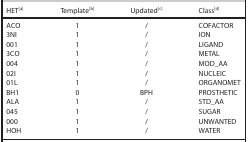
| HET[a] | Template[b] | Updated[c] | Class[d] |
 | --- | --- | --- | --- |
 | ACO | 1 | / | COFACTOR |
 | 3NI | 1 | / | ION |
 | 001 | 1 | / | LIGAND |
 | 3CO | 1 | / | METAL |
 | 004 | 1 | / | MOD_AA |
 | 02I | 1 | / | NUCLEIC |
 | 01L | 1 | / | ORGANOMET |
 | BH1 | 0 | BPH | PROSTHETIC |
 | ALA | 1 | / | STD_AA |
 | 045 | 1 | / | SUGAR |
 | 000 | 1 | / | UNWANTED |
 | HOH | 1 | / | WATER |